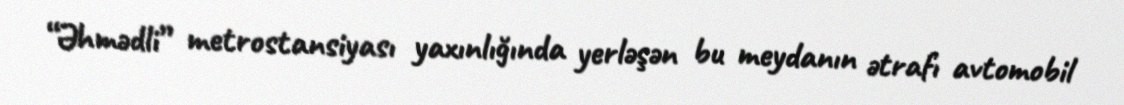
“Əhmədli” metrostansiyası yaxınlığında yerləşən bu meydanın ətrafı avtomobil